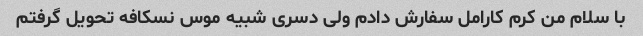
با سلام من کرم کارامل سفارش دادم ولی دسری شبیه موس نسکافه تحویل گرفتم